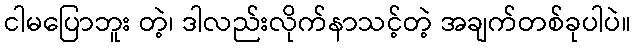
ငါမပြောဘူး တဲ့၊ ဒါလည်းလိုက်နာသင့်တဲ့ အချက်တစ်ခုပါပဲ။